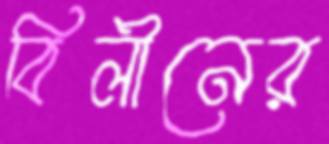
বিলীনের